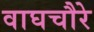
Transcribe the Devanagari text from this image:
वाघचौरे